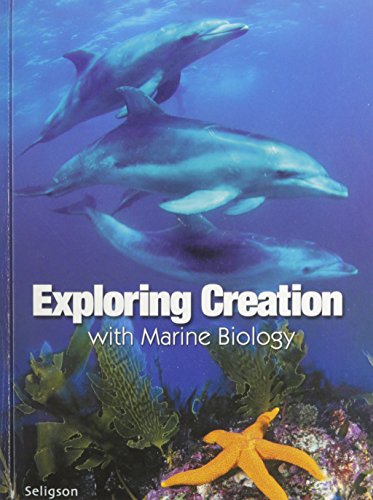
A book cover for EXPLORING CREATION WITH MARINE BIOLOGY; Sherri Seligson; Science & Math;